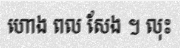
ហោង ពល សែង ។ លុះ